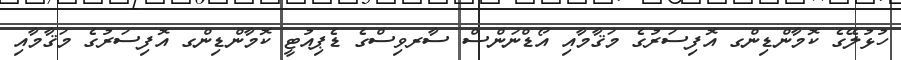
ހުޅުލޭގެ ކޮމާންޑިންގ އޮފިސަރުގެ މަޤާމާއި އޯޑްނަންސް ސާރވިސްގެ ޑެޕިއުޓީ ކޮމާންޑިންގ އޮފިސަރުގެ މަޤާމާއި